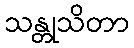
သန္တုသိတာ